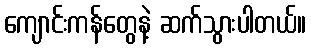
ကျောင်းကန်တွေနဲ့ ဆက်သွားပါတယ်။